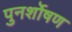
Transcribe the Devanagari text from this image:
पुनर्शोषण